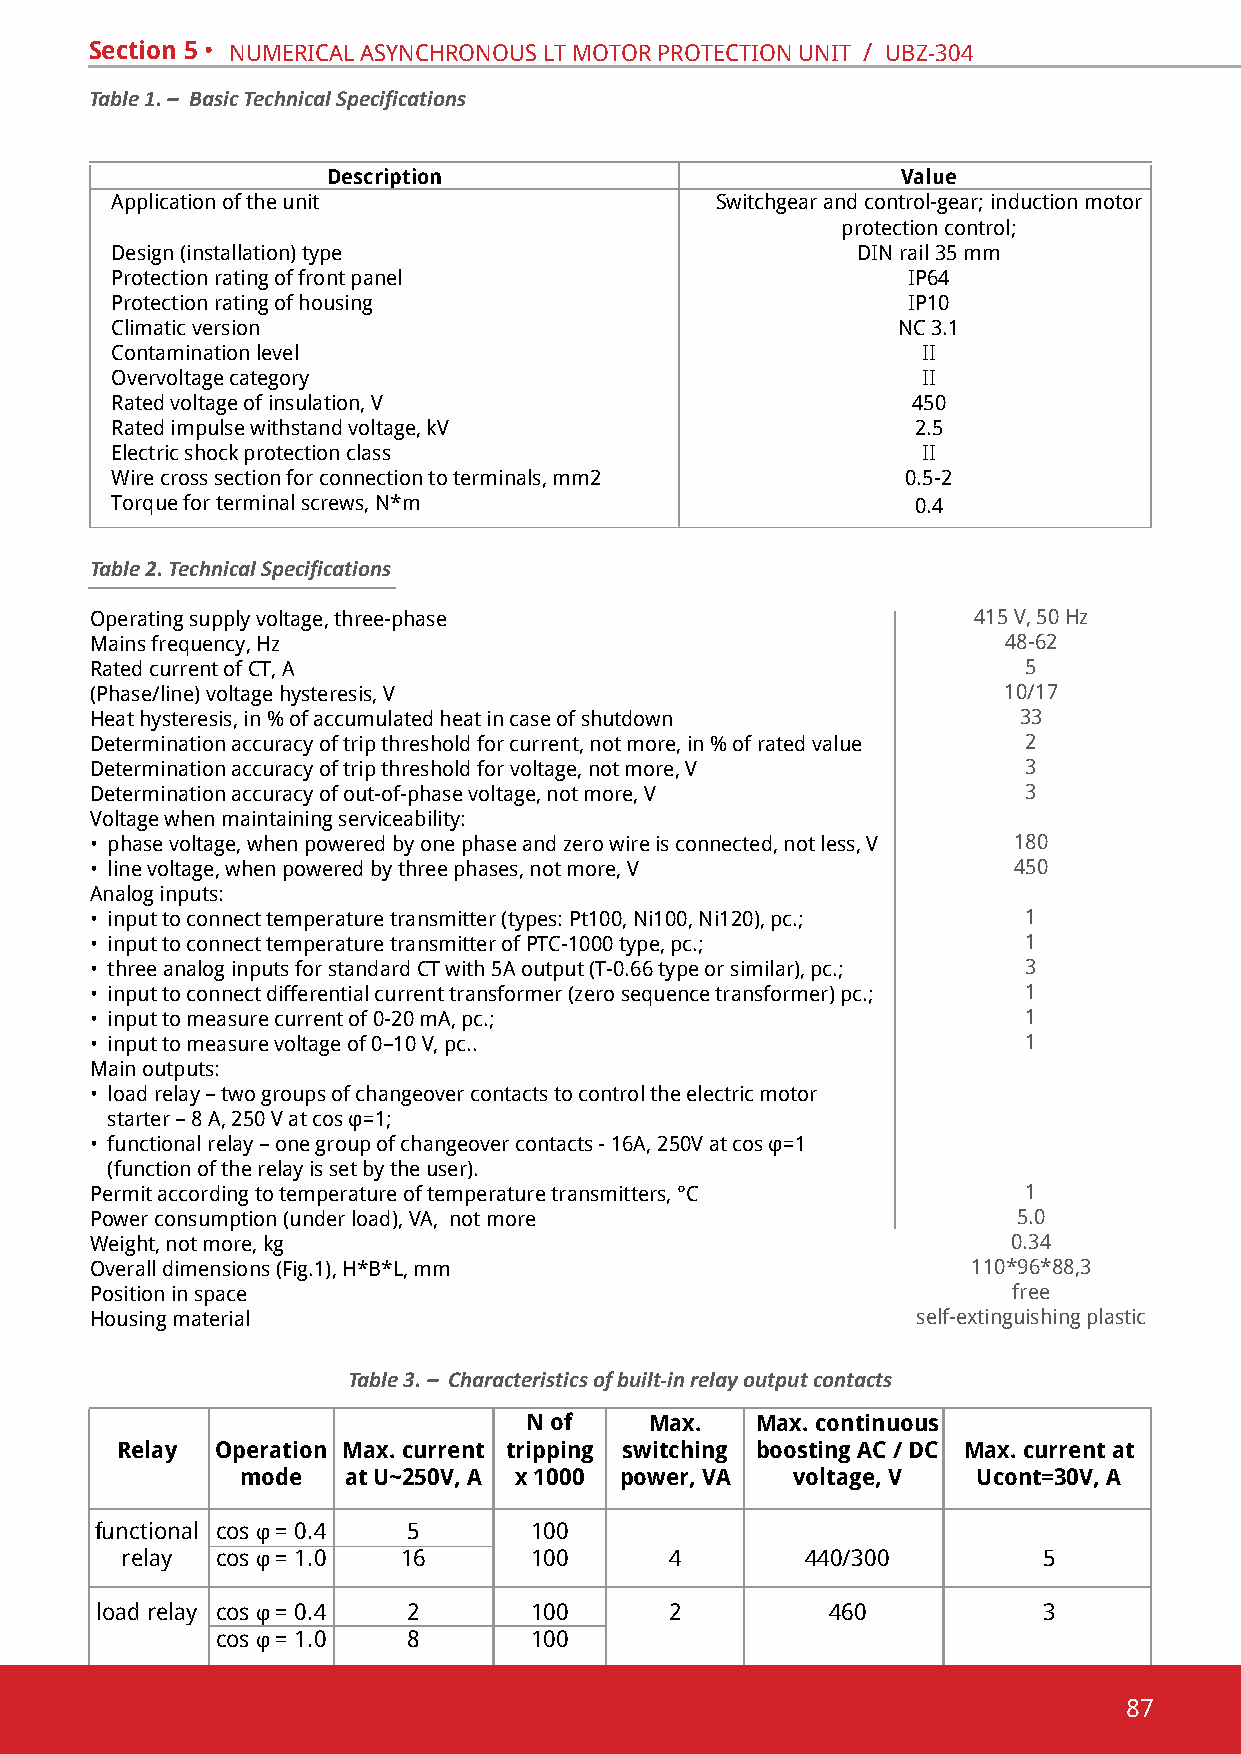
Section 5 • numeRical asYnchRonous lt motoR pRotection unit / ubZ-304
 Table 1. – Basic Technical Specifications
 Description                           Value
 application of the unit                 switchgear and control-gear; induction motor
 protection control;
 design (installation) type                        din rail 35 mm
 protection rating of front panel                     ip64
 protection rating of housing                         ip10
 climatic version                                    nc 3.1
 contamination level                                   ii
 overvoltage category                                  ii
 Rated voltage of insulation, v                       450
 Rated impulse withstand voltage, kv                   2.5
 electric shock protection class                       ii
 Wire cross section for connection to terminals, mm2  0.5-2
 Torque for terminal screws, N*m                       0.4
 Table 2. Technical Specifications
 operating supply voltage, three-phase                     415 v, 50 hz
 mains frequency, hz                                         48-62
 Rated current of ct, a                                        5
 (phase/line) voltage hysteresis, v                          10/17
 heat hysteresis, in % of accumulated heat in case of shutdown 33
 determination accuracy of trip threshold for current, not more, in % of rated value 2
 determination accuracy of trip threshold for voltage, not more, v 3
 determination accuracy of out-of-phase voltage, not more, v   3
 voltage when maintaining serviceability:
 • phase voltage, when powered by one phase and zero wire is connected, not less, v 180
 • line voltage, when powered by three phases, not more, v    450
 analog inputs:
 • input to connect temperature transmitter (types: pt100, ni100, ni120), pc.; 1
 • input to connect temperature transmitter of ptc-1000 type, pc.; 1
 • three analog inputs for standard ct with 5a output (t-0.66 type or similar), pc.; 3
 • input to connect differential current transformer (zero sequence transformer) pc.; 1
 • input to measure current of 0-20 ma, pc.;                   1
 • input to measure voltage of 0–10 v, pc..                    1
 main outputs:
 • load relay – two groups of changeover contacts to control the electric motor
 starter – 8 A, 250 V at cos φ=1;
 • functional relay – one group of changeover contacts - 16A, 250V at cos φ=1
 (function of the relay is set by the user).
 Permit according to temperature of temperature transmitters, °С 1
 power consumption (under load), va, not more                 5.0
 Weight, not more, kg                                         0.34
 Overall dimensions (Fig.1), H*B*L, mm                     110*96*88,3
 position in space                                            free
 housing material                                       self-extinguishing plastic
 Table 3. – Characteristics of built-in relay output contacts
 N of    Max.   Max. continuous
 Relay Operation Max. current tripping switching boosting AC / DC Max. current at
 mode   at U~250V, A x 1000 power, VA voltage, V  Ucont=30V, A
 functional cos φ = 0.4 5     100
 relay cos φ = 1.0  16      100      4        440/300         5
 load relay cos φ = 0.4 2     100      2          460           3
 сos φ = 1.0  8       100
 87